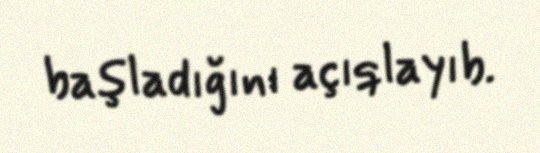
başladığını açıqlayıb.